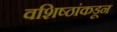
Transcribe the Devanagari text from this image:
वशिष्ठांकडून